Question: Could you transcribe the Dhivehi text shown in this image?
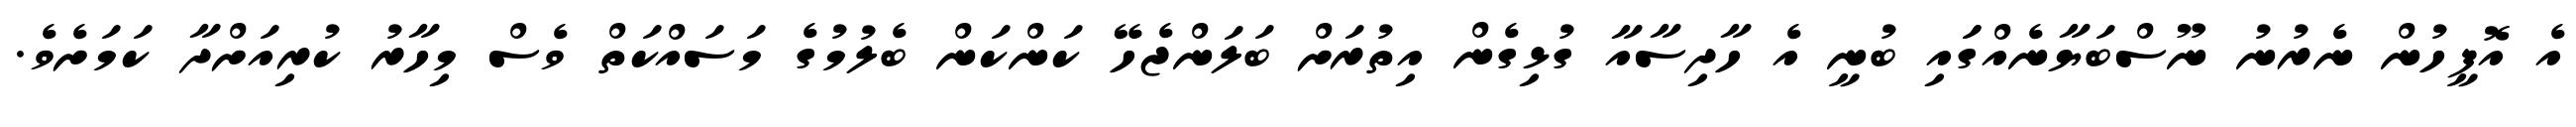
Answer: އެ އޮފީހުން ނެރުނު ނޫސްބަޔާނެއްގަައި ބުނީ އެ ހާދިސާއާ ގުޅިގެން އިތުރަށް ބަލަންޖެހޭ ކަންކަން ބެލުމުގެ މަސައްކަތް ވެސް މިހާރު ކުރިއަށްދާ ކަމަށެވެ.